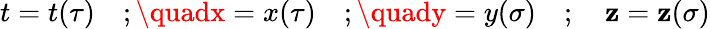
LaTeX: t=t(\tau)\quad;\quadx=x(\tau)\quad;\quady=y(\sigma)\quad;\quad\mathbf{z}=\mathbf{z}(\sigma)